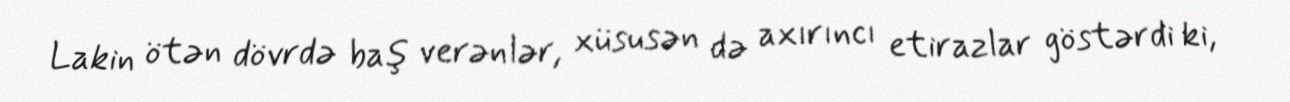
Lakin ötən dövrdə baş verənlər, xüsusən də axırıncı etirazlar göstərdi ki,